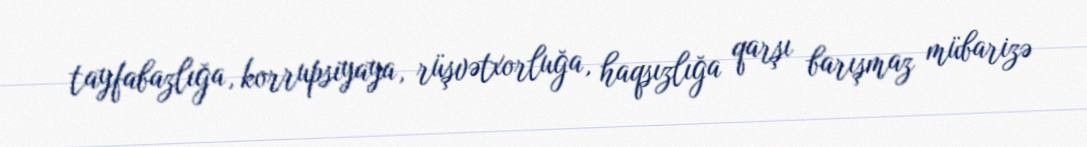
tayfabazlığa, korrupsiyaya, rüşvətxorluğa, haqsızlığa qarşı barışmaz mübarizə